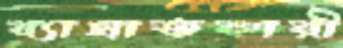
ব্যাঘাতকারী